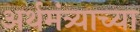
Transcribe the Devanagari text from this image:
अर्थमंत्र्याच्या